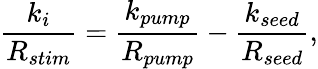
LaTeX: \frac{k_{i}}{R_{stim}}=\frac{k_{pump}}{R_{pump}}-\frac{k_{seed}}{R_{seed}},